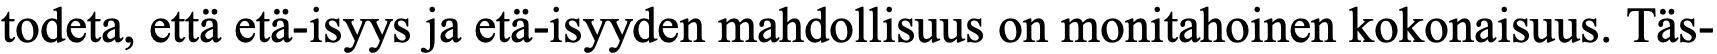
todeta, että etä-isyys ja etä-isyyden mahdollisuus on monitahoinen kokonaisuus. Täs-